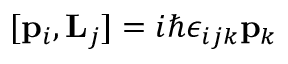
[ { \bf { p } } _ { i } , { \bf { L } } _ { j } ] = i \hbar \epsilon _ { i j k } { \bf { p } } _ { k }